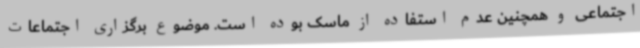
اجتماعی و همچنین عدم استفاده از ماسک بوده است. موضوع برگزاری اجتماعات